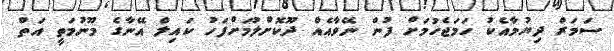
ސަމަރް ދިޔުމާއެކު ހަމަޖެހުމަށް ފުން ނޭވާއެއް ދޫކޮށްލުމަށްފަހު ކައިލް އޭނާގެ މޫނުމަތީ އަތް